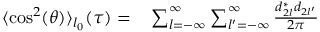
\begin{array} { r l } { \langle \cos ^ { 2 } ( \theta ) \rangle _ { l _ { 0 } } ( \tau ) = } & { { } \sum _ { l = - \infty } ^ { \infty } \sum _ { l ^ { \prime } = - \infty } ^ { \infty } \frac { d _ { 2 l } ^ { * } d _ { 2 l ^ { \prime } } } { 2 \pi } } \end{array}